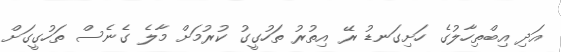
އަދި އިބްތިހާލުގެ ހަށިގަނޑު ރޭ އިތުރު ތަހުގީގު ކުރުމަށް މާލެ ގެނެސް ތަހުގީގަށް